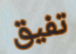
تفيق